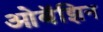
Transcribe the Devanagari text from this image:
ओबॅझिन